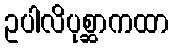
ဥပါလိပုစ္ဆာကထာ